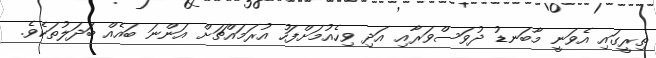
ތިރީގައި އެވަނީ މާބަނޑު ދުވަސްވަރާއި އަދި ވިހެއުމަށްފަހު އުރަމައްޗަށް އަންނަ ބައެއް ބަދަލުތަކެވެ.